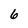
Character: 6